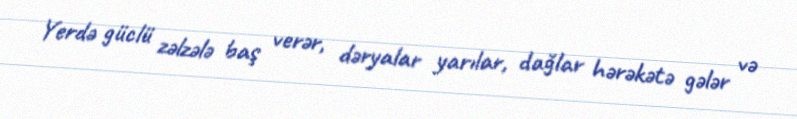
Yerdə güclü zəlzələ baş verər, dəryalar yarılar, dağlar hərəkətə gələr və